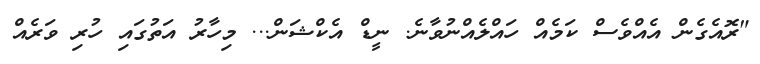
"ރޮއެގެން އެއްވެސް ކަމެއް ހައްލެއްނުވާނެ. ނީޑް އެކްޝަން... މިހާރު އަތުގައި ހުރި ވަރެއް